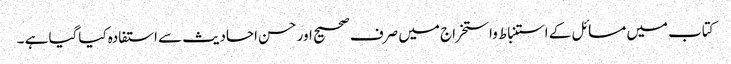
کتاب میں مسائل کے استنباط واستخراج میں صرف صحیح اور حسن احادیث سے استفادہ کیاگیا ہے ۔